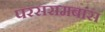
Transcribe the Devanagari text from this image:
परसरामबास